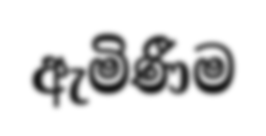
ඇමිණීම